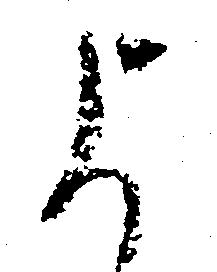
よ